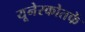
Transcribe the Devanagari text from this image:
यूनेस्कोतर्फे